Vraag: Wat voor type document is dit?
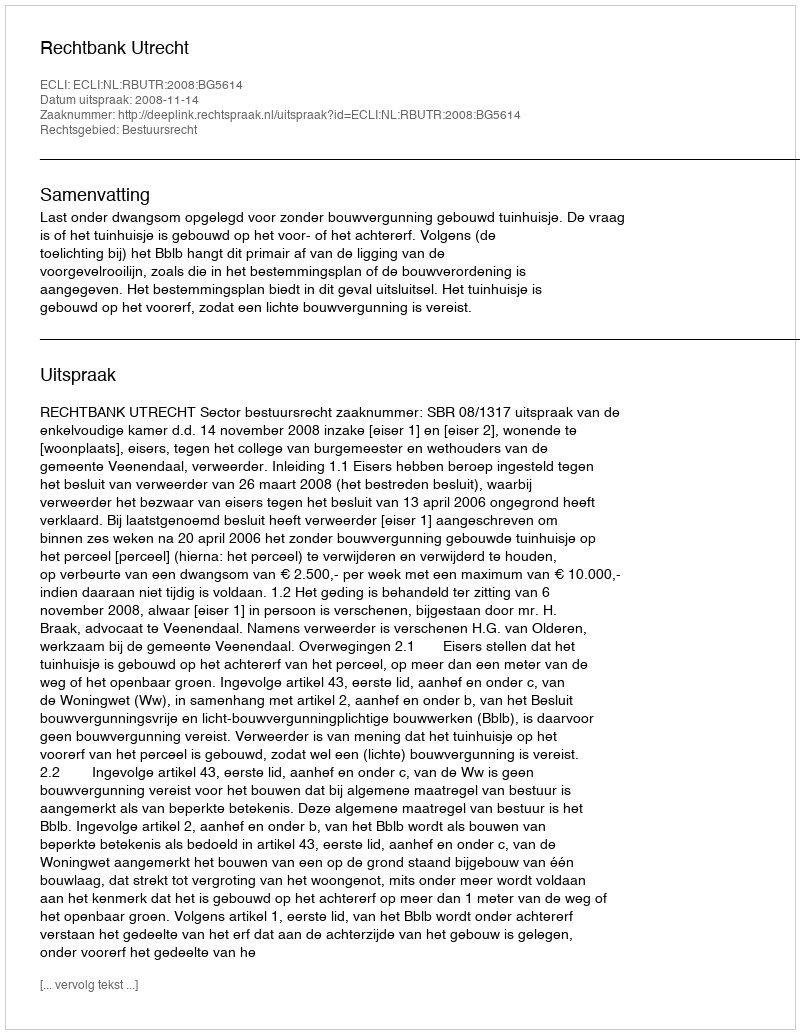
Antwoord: Uitspraak